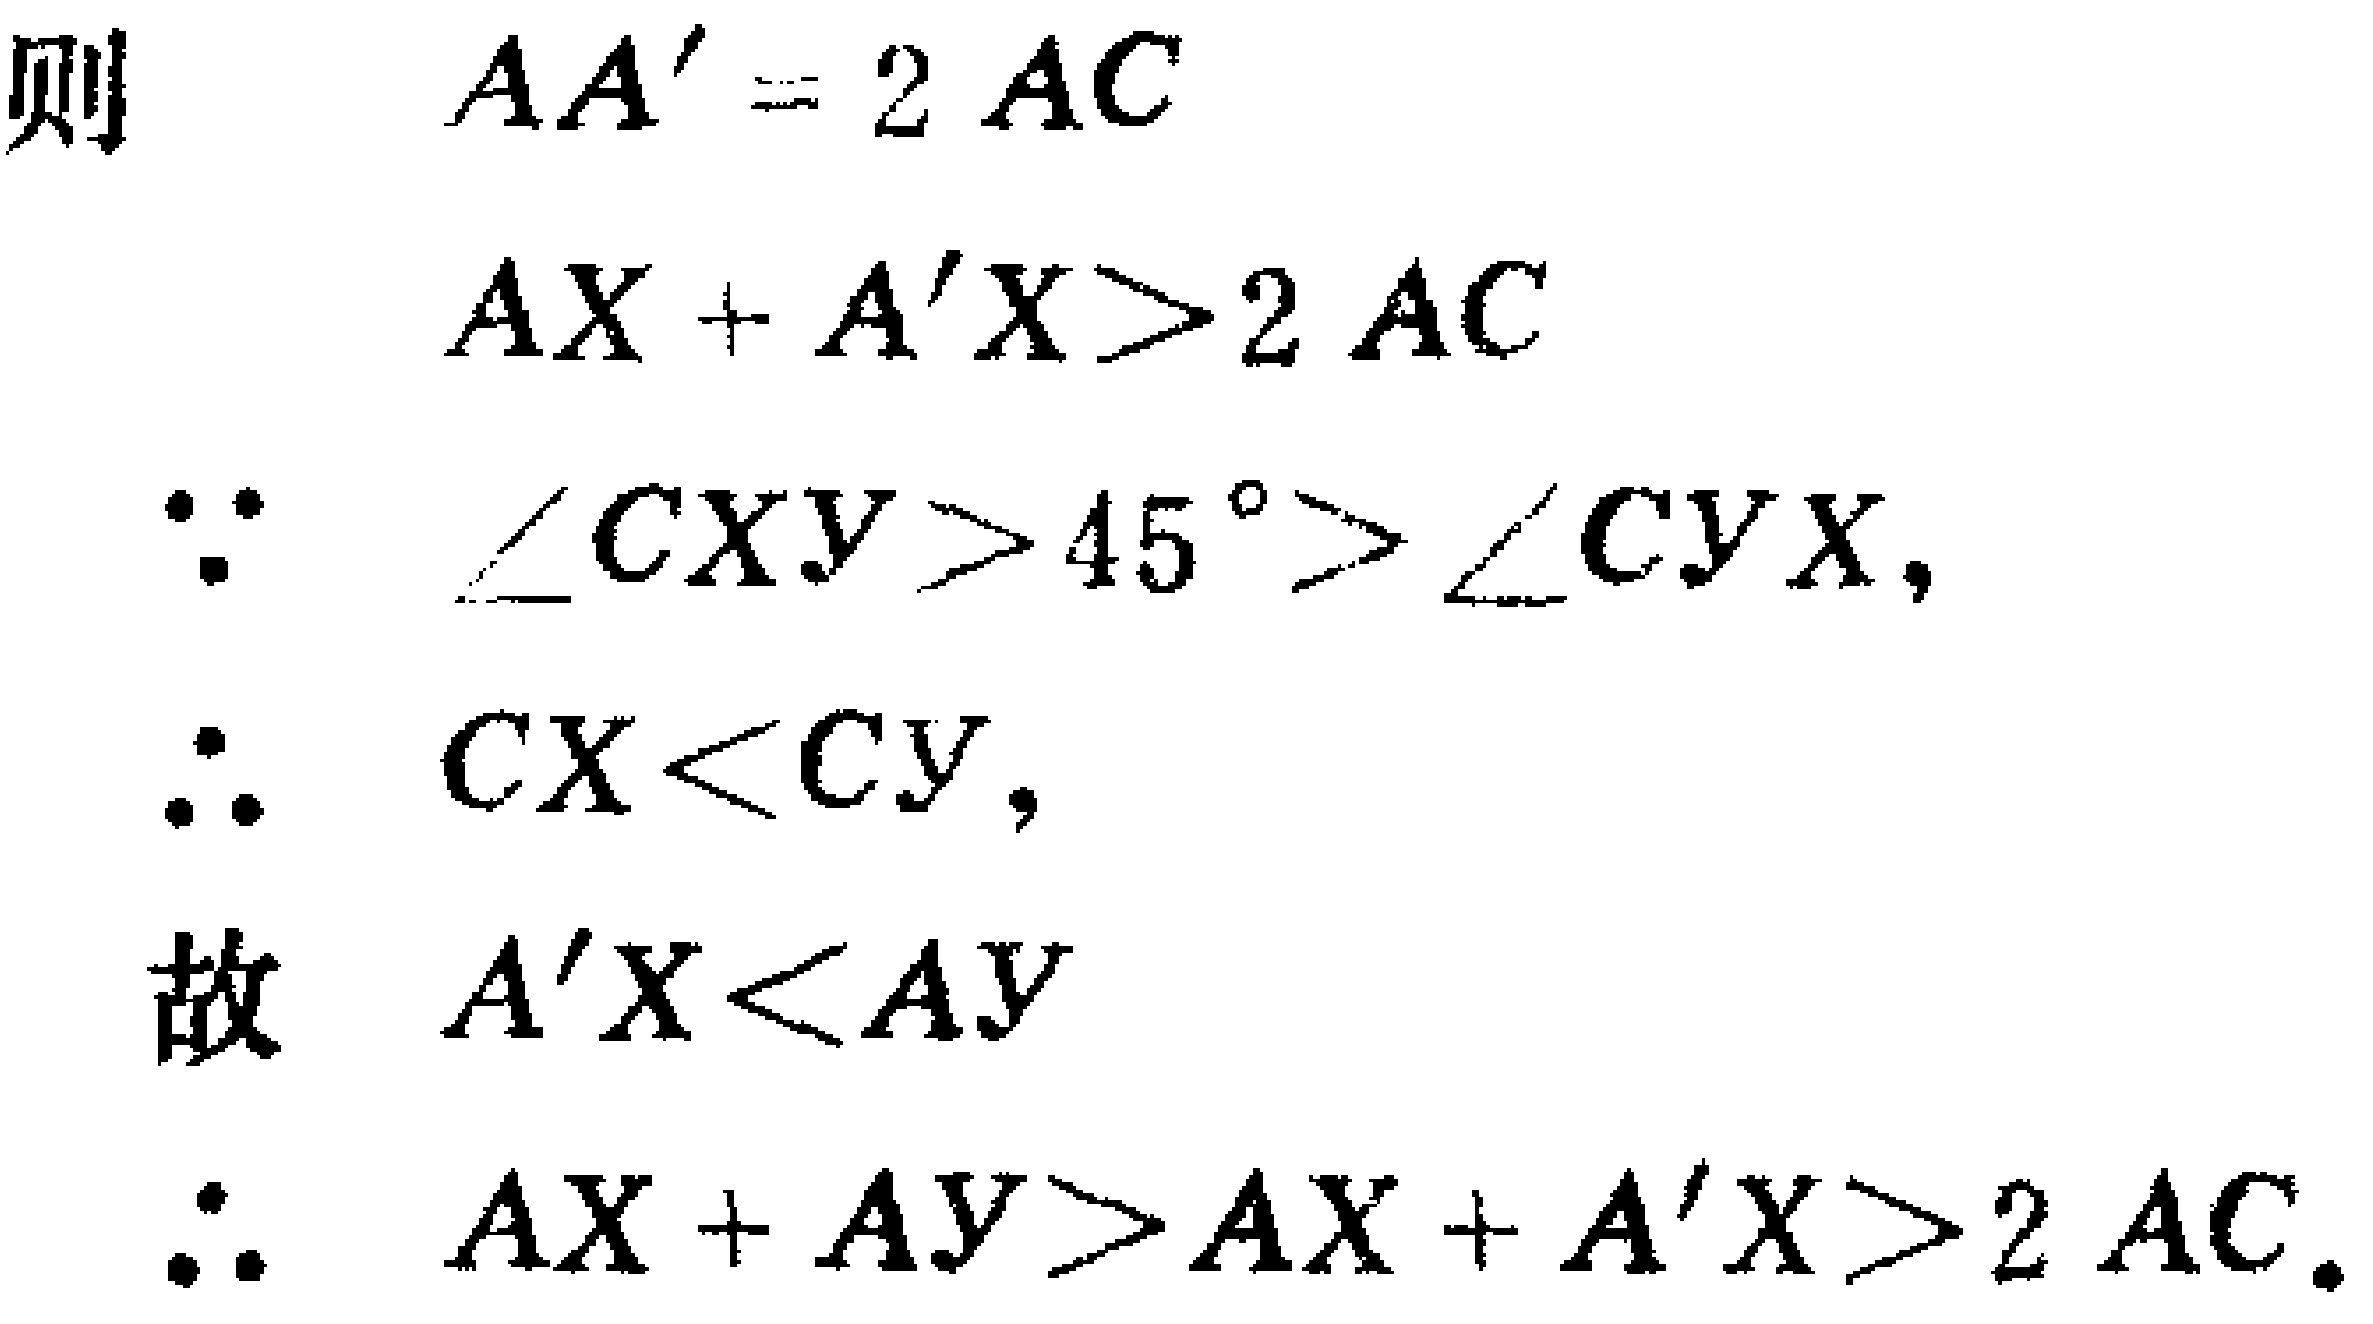
则
\[
\begin{align*}
AA'&=2AC\\
AX + A'X&>2AC\\
\because \angle CXY&>45^{\circ}>\angle CY X,\\
\therefore CX&<CY,\\
\text{故 } A'X&<AY\\
\therefore AX + AY&>AX + A'X>2AC.
\end{align*}
\]